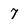
Character: 7